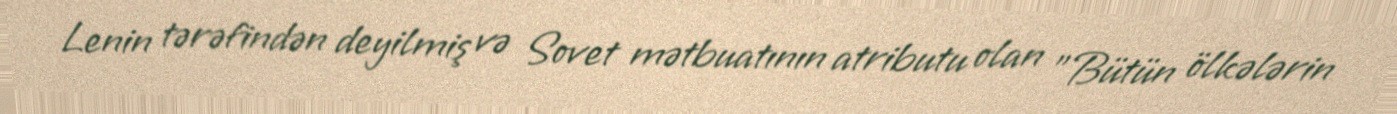
Lenin tərəfindən deyilmiş və Sovet mətbuatının atributu olan "Bütün ölkələrin